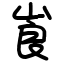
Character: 崀